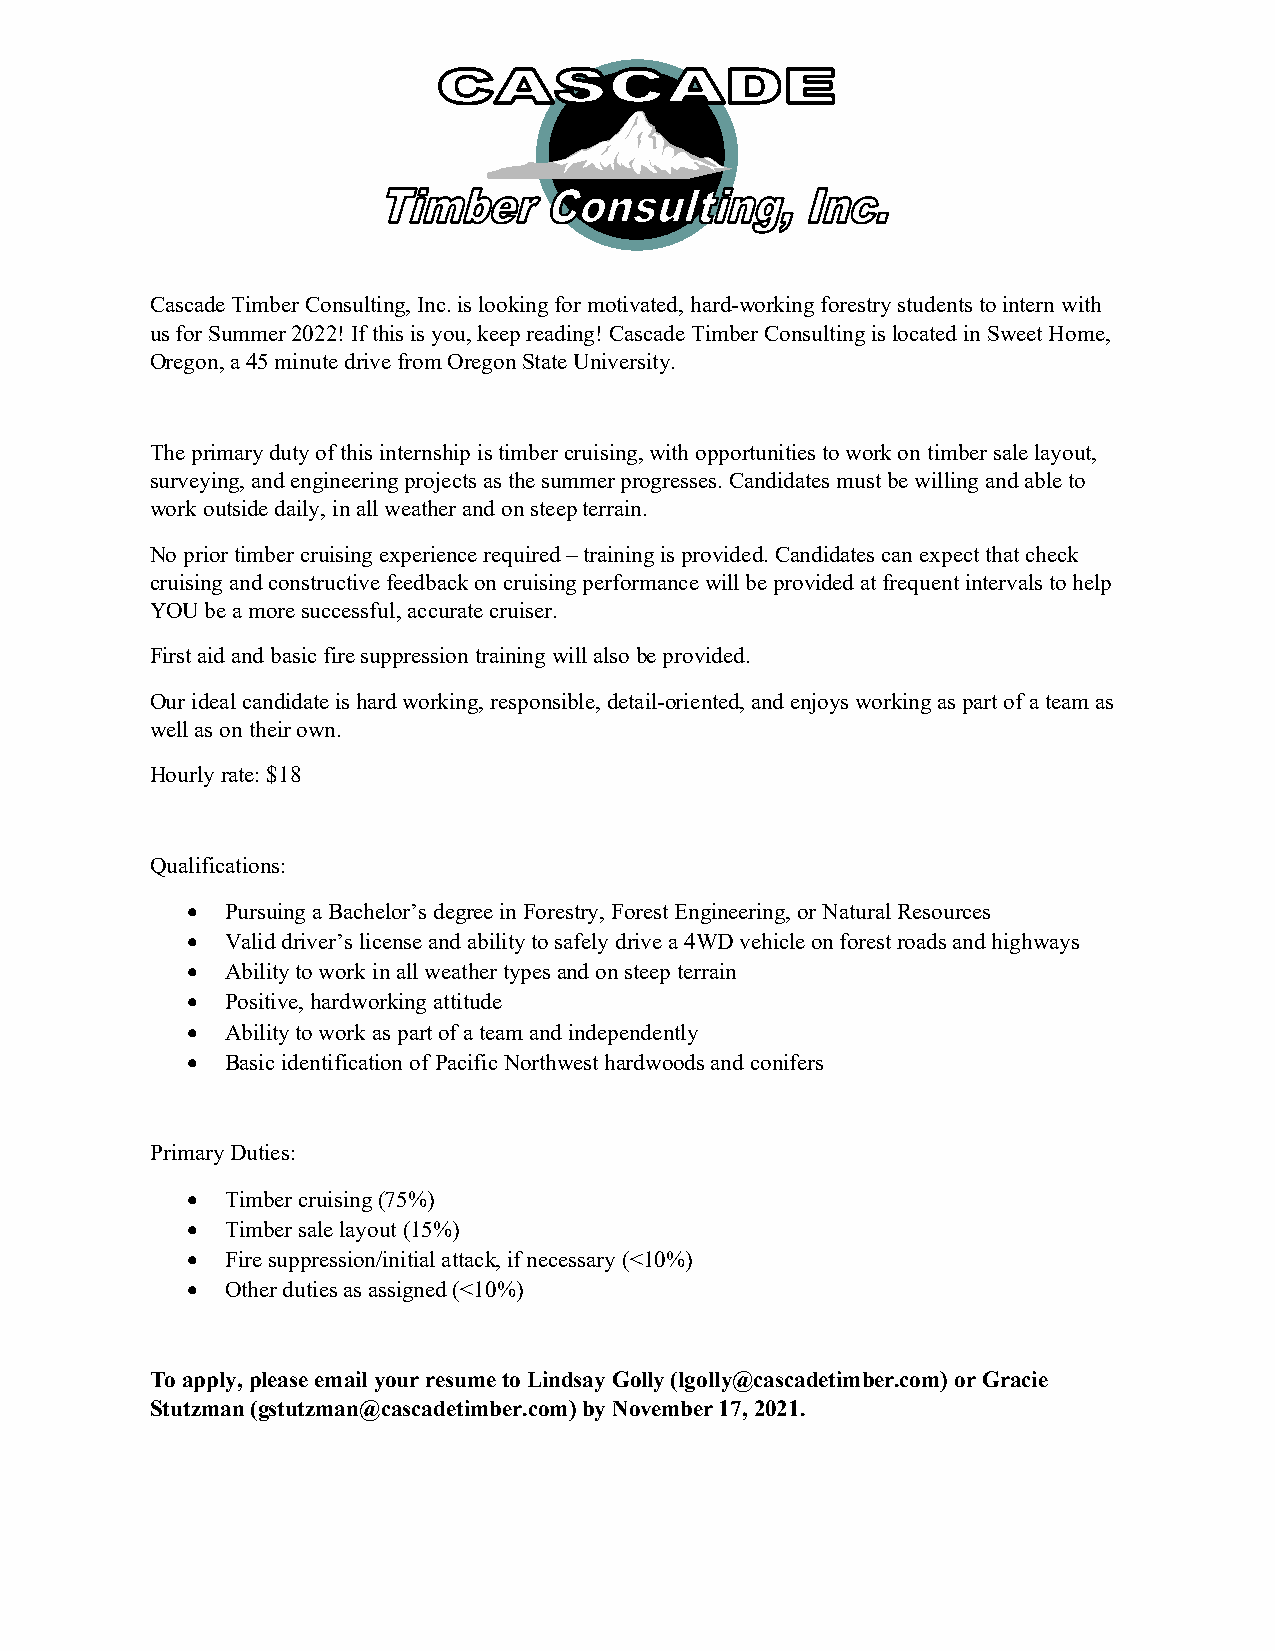
Cascade Timber Consulting, Inc. is looking for motivated, hard-working forestry students to intern with
 us for Summer 2022! If this is you, keep reading! Cascade Timber Consulting is located in Sweet Home,
 Oregon, a 45 minute drive from Oregon State University.
 The primary duty of this internship is timber cruising, with opportunities to work on timber sale layout,
 surveying, and engineering projects as the summer progresses. Candidates must be willing and able to
 work outside daily, in all weather and on steep terrain.
 No prior timber cruising experience required – training is provided. Candidates can expect that check
 cruising and constructive feedback on cruising performance will be provided at frequent intervals to help
 YOU be a more successful, accurate cruiser.
 First aid and basic fire suppression training will also be provided.
 Our ideal candidate is hard working, responsible, detail-oriented, and enjoys working as part of a team as
 well as on their own.
 Hourly rate: $18
 Qualifications:
   Pursuing a Bachelor’s degree in Forestry, Forest Engineering, or Natural Resources
   Valid driver’s license and ability to safely drive a 4WD vehicle on forest roads and highways
   Ability to work in all weather types and on steep terrain
   Positive, hardworking attitude
   Ability to work as part of a team and independently
   Basic identification of Pacific Northwest hardwoods and conifers
 Primary Duties:
   Timber cruising (75%)
   Timber sale layout (15%)
   Fire suppression/initial attack, if necessary (<10%)
   Other duties as assigned (<10%)
 To apply, please email your resume to Lindsay Golly (lgolly@cascadetimber.com) or Gracie
 Stutzman (gstutzman@cascadetimber.com) by November 17, 2021.